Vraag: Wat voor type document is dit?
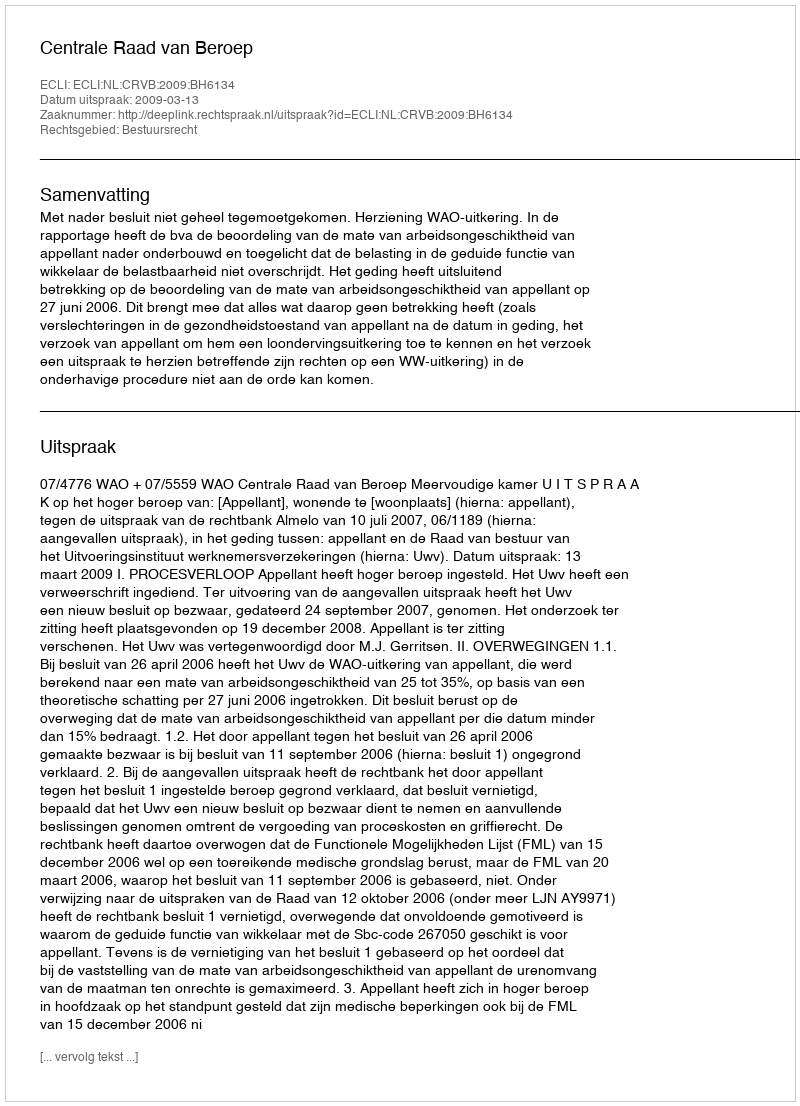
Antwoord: Uitspraak